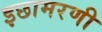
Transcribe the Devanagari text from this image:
इछामरणी